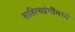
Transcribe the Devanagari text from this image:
साहित्यप्रेमींमध्ये